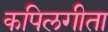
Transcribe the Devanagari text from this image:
कपिलगीता